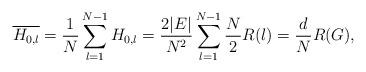
LaTeX: \begin{align*} \overline{H_{0,l}}=\frac{1}{N}\sum_{l=1}^{N-1} H_{0,l} =\frac{2\vert E\vert}{N^2}\sum_{l=1}^{N-1}\frac{N}{2}R(l)=\frac{d}{N}R(G),\end{align*}